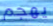
يهجم